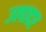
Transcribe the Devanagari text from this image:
उत्पादर